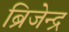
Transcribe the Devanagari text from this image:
ब्रिजेन्द्र